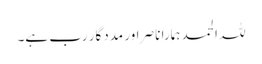
للہ الحمد ہمارا ناصر اور مددگار رب ہے۔